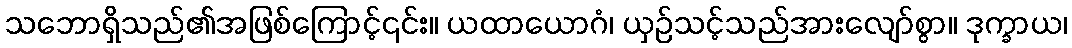
သဘောရှိသည်၏အဖြစ်ကြောင့်၎င်း။ ယထာယောဂံ၊ ယှဉ်သင့်သည်အားလျော်စွာ။ ဒုက္ခာယ၊